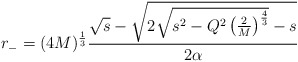
\begin{align*}r_- =(4M)^\frac13 \frac{\sqrt{s} - \sqrt{2\sqrt{s^2- Q^2\left(\frac{2}{M}\right)^\frac43}-s}}{2\alpha} \end{align*}